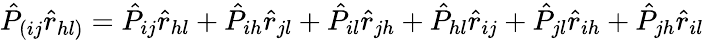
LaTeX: \hat{P}_{(ij}\hat{r}_{hl)}=\hat{P}_{ij}\hat{r}_{hl}+\hat{P}_{ih}\hat{r}_{jl}+\hat{P}_{il}\hat{r}_{jh}+\hat{P}_{hl}\hat{r}_{ij}+\hat{P}_{jl}\hat{r}_{ih}+\hat{P}_{jh}\hat{r}_{il}